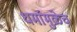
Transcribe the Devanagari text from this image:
धर्मामुळेच